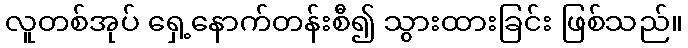
လူတစ်အုပ် ရှေ့နောက်တန်းစီ၍ သွားထားခြင်း ဖြစ်သည်။